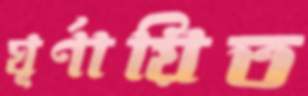
ঘূর্ণায়িত